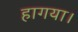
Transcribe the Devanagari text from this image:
हागया।